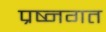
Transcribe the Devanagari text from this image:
प्रष्नगत